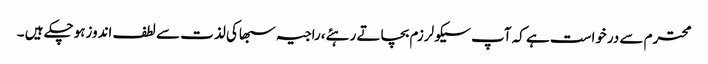
محترم سے درخواست ہے کہ آپ سیکولرزم بچاتے رہئے،راجیہ سبھاکی لذت سے لطف اندوزہوچکے ہیں ۔